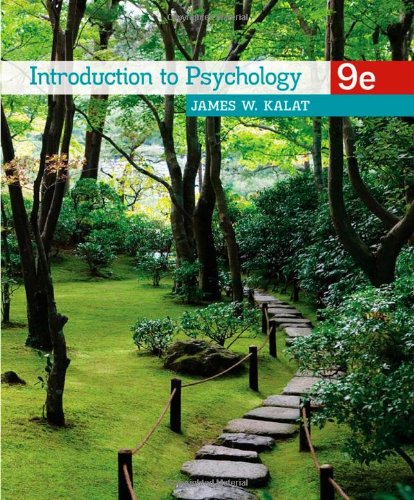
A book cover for Introduction to Psychology, 9th Edition; James W. Kalat; Health, Fitness & Dieting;